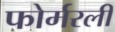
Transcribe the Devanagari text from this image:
फोर्मरली